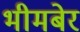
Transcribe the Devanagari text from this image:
भीमबेर